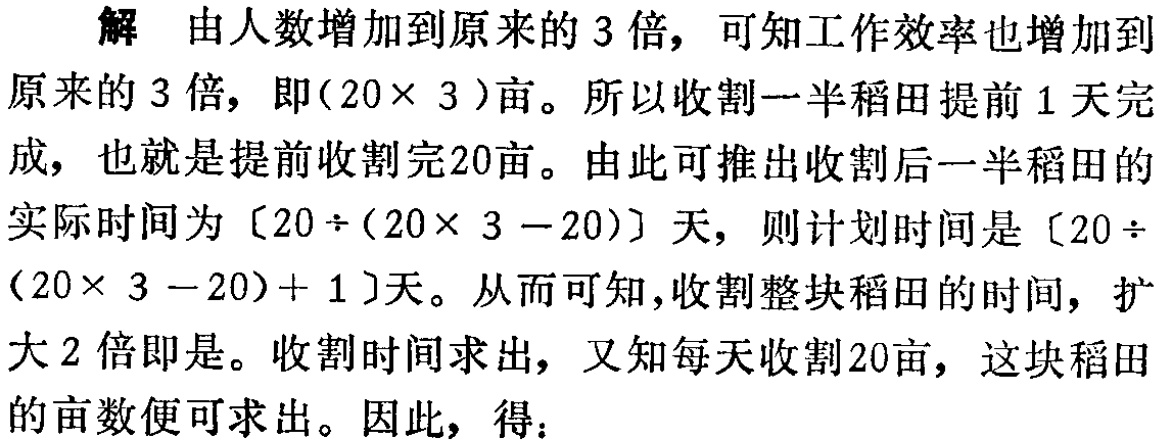
解 由人数增加到原来的 3 倍，可知工作效率也增加到原来的 3 倍，即\((20\times 3)\)亩。所以收割一半稻田提前 1 天完成，也就是提前收割完20亩。由此可推出收割后一半稻田的实际时间为\([20\div(20\times 3 - 20)]\)天，则计划时间是\([20\div(20\times 3 - 20)+ 1]\)天。从而可知，收割整块稻田的时间，扩大2 倍即是。收割时间求出，又知每天收割20亩，这块稻田的亩数便可求出。因此，得：